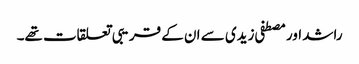
راشد اور مصطفی زیدی سے ان کے قریبی تعلقات تھے۔